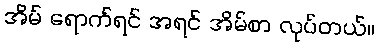
အိမ် ရောက်ရင် အရင် အိမ်စာ လုပ်တယ်။